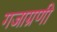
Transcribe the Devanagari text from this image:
गजाग्रणी